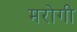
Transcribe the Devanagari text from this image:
मरोगी